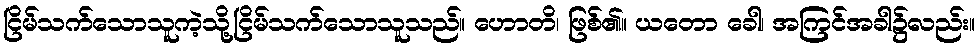
ငြိမ်သက်သောသူကဲ့သို့ငြိမ်သက်သောသူသည်။ ဟောတိ၊ ဖြစ်၏။ ယတော ခေါ၊ အကြင်အခါ၌လည်း။